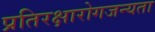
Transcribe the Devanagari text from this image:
प्रतिरक्षारोगजन्यता